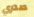
صدري